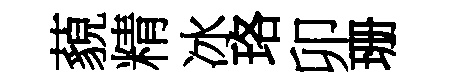
藐精冰珞卯珊